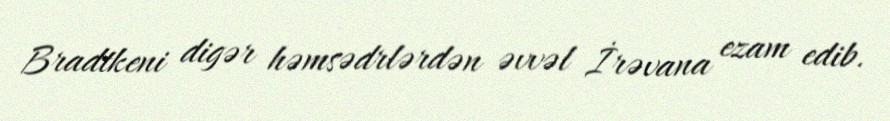
Bradtkeni digər həmsədrlərdən əvvəl İrəvana ezam edib.